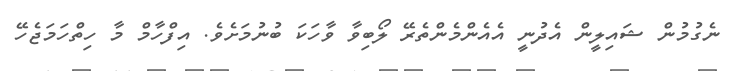
ނެގުމުން ޝައިލީން އެދުނީ އެއެންމެންތެރޭ ލޯބިވާ ވާހަކަ ބުނުމަށެވެ. އިފްހާމް މާ ހިތްހަމަޖެހޭ